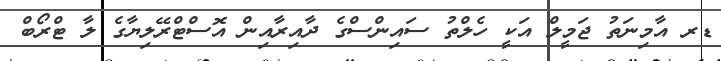
ޑރ އާމިނަތު ޖަމީލް އަކީ ހެލްތު ސައިންސްގެ ދާއިރާއިން އޮސްޓްރޭލިޔާގެ ލާ ޓްރޯބް